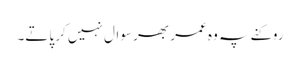
روکنے پہ وہ عمر بھر سوال نہیں کر پاتے۔